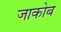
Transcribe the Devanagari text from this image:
जाकोब